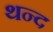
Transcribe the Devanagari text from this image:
थन्द